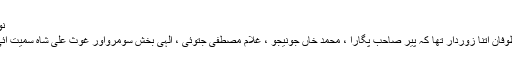
نوازشریف ہمارا ترجمان‘‘(ص 104)
سندھ میں پیپلز پارٹی کے حق میں طوفان اتنا زوردار تھا کہ پیر صاحب پگارا ، محمد خاں جونیجو ، غلام مصطفی جتوئی ، اِلٰہی بخش سومرواور غوث علی شاہ سمیت آئی جے آئی کے تمام اُمیدوار ہارگئے۔